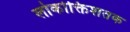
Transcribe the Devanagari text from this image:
लोकोक्तिशतक